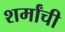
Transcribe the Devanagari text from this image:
शर्मांची